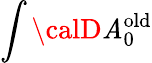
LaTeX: \int{\calD}\mathit{A}_{0}^{\mathrm{{old}}}